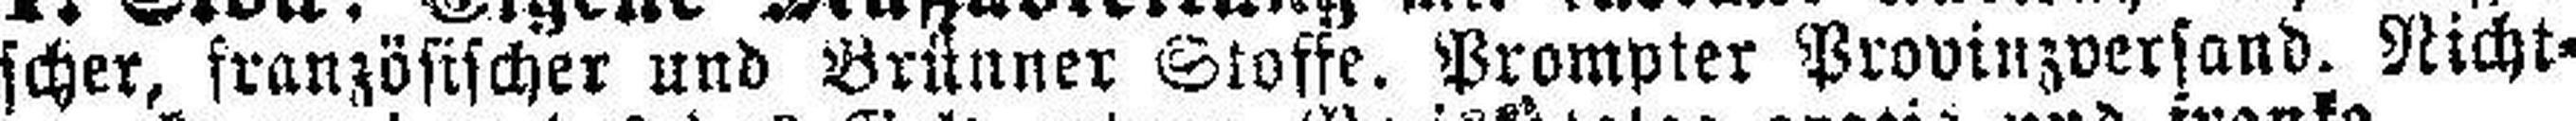
scher, französischer und Brünner Stoffe. Prompter Provinzversand. Nicht¬